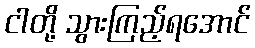
ငါတို့ သွားကြည့်ရအောင်